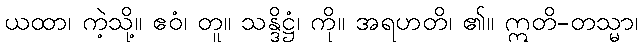
ယထာ၊ ကဲ့သို့။ ဧဝံ၊ တူ။ သန္ဒိဋ္ဌံ၊ ကို။ အရဟတိ၊ ၏။ ဣတိ-တသ္မာ၊